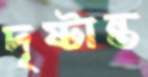
দৃষ্টান্ত